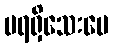
မရရှိသေးပေ